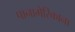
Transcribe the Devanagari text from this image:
पानामेरिकाना